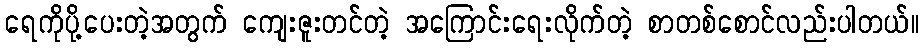
ရေကိုပို့ပေးတဲ့အတွက် ကျေးဇူးတင်တဲ့ အကြောင်းရေးလိုက်တဲ့ စာတစ်စောင်လည်းပါတယ်။